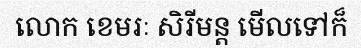
លោក ខេមរៈ សិរីមន្ត មើលទៅក៏